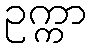
ဥက္ကာ